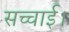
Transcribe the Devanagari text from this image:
सच्चाई।